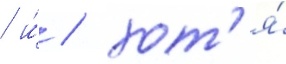
/ и́ / хот'я́